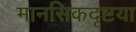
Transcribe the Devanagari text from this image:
मानसिकदृष्टया